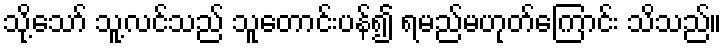
သို့သော် သူ့လင်သည် သူတောင်းပန်၍ ရမည်မဟုတ်ကြောင်း သိသည်။